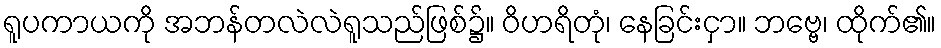
ရူပကာယကို အဘန်တလဲလဲရူသည်ဖြစ်၌။ ဝိဟရိတုံ၊ နေခြင်းငှာ။ ဘဗ္ဗေ၊ ထိုက်၏။